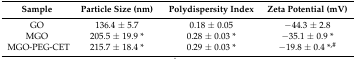
<table><thead><tr><td><b>Sample</b></td><td><b>Particle Size (nm)</b></td><td><b>Polydispersity Index</b></td><td><b>Zeta Potential (mV)</b></td></tr></thead><tbody><tr><td>GO</td><td>136.4 ± 5.7</td><td>0.18 ± 0.05</td><td>−44.3 ± 2.8</td></tr><tr><td>MGO</td><td>205.5 ± 19.9 *</td><td>0.28 ± 0.03 *</td><td>−35.1 ± 0.9 *</td></tr><tr><td>MGO-PEG-CET</td><td>215.7 ± 18.4 *</td><td>0.29 ± 0.03 *</td><td>−19.8 ± 0.4 *<sup>,#</sup></td></tr></tbody></table>